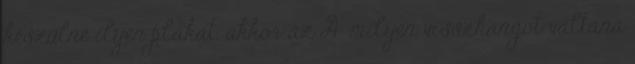
készülne ilyen plakát, akkor az A: milyen visszhangot váltana